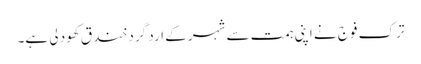
ترک فوج نے اپنی ہمت سے شہر کے ارد گرد خند ق کھود لی ہے۔